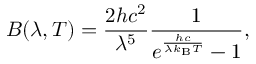
B ( \lambda , T ) = { \frac { 2 h c ^ { 2 } } { \lambda ^ { 5 } } } { \frac { 1 } { e ^ { \frac { h c } { \lambda k _ { \mathrm { B } } T } } - 1 } } ,